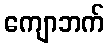
ကျောဘက်